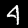
Label: 4